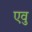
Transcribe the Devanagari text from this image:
एवु